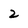
Character: 2